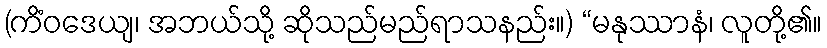
(ကိံဝဒေယျ၊ အဘယ်သို့ ဆိုသည်မည်ရာသနည်း။) “မနုဿာနံ၊ လူတို့၏။